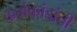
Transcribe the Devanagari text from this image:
कर्मकांडांची